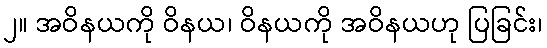
၂။ အဝိနယကို ဝိနယ၊ ဝိနယကို အဝိနယဟု ပြခြင်း၊